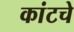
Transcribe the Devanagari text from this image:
कांटचे